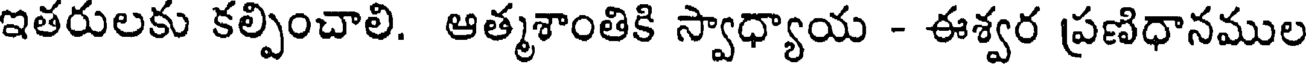
ఇతరులకు కల్పించాలి. ఆత్మశాంతికి స్వాధ్యాయ - ఈశ్వర ప్రణిధానముల